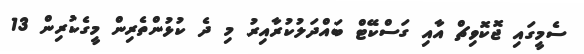
ސެމީގައި ޖޮކޮވިޗް އާއި ގަސްކޭޓް ބައްދަލުކުރާއިރު މި ދެ ކުޅުންތެރިން މީގެކުރިން 13